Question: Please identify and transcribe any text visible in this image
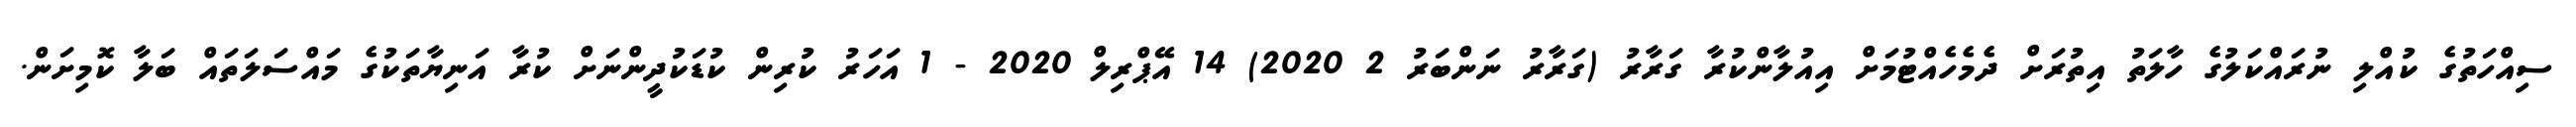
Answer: ސިއްހަތުގެ ކުއްލި ނުރައްކަލުގެ ހާލަތު އިތުރަށް ދެމެހެއްޓުމަށް އިއުލާންކުރާ ގަރާރު (ގަރާރު ނަންބަރު 2 2020) 14 އޭޕްރިލް 2020 - 1 އަހަރު ކުރިން ކުޑަކުދީންނަށް ކުރާ އަނިޔާތަކުގެ މައްސަލަތައް ބަލާ ކޮމިށަން.